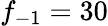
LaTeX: f_{-1}=30